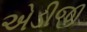
એડીજી